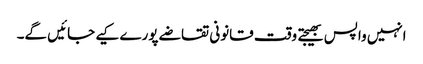
انہیں واپس بھیجتے وقت قانونی تقاضے پورے کیے جائیں گے۔